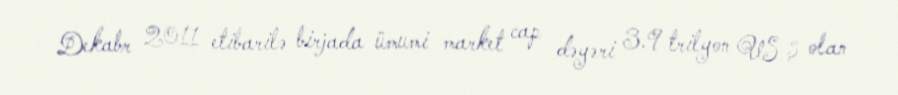
Dekabr 2011 etibarilə birjada ümumi market cap dəyəri 3.9 trilyon US $ olan